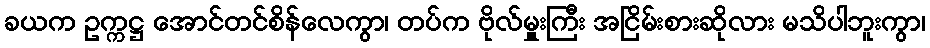
ခယက ဥက္ကဋ္ဌ အောင်တင်စိန်လေကွာ၊ တပ်က ဗိုလ်မှူးကြီး အငြိမ်းစားဆိုလား မသိပါဘူးကွာ၊